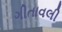
ગીતાવલી